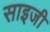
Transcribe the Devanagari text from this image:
साइजी